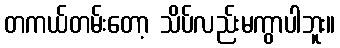
တကယ်တမ်းတော့ သိပ်လည်းမကွာပါဘူး။